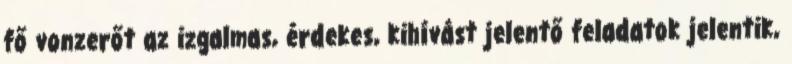
fő vonzerőt az izgalmas, érdekes, kihívást jelentő feladatok jelentik,